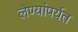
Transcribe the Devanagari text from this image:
लेण्यांपर्यत